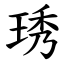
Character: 琇